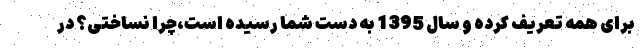
برای همه تعریف کرده و سال 1395 به دست شما رسیده است،چرا نساختی؟ در